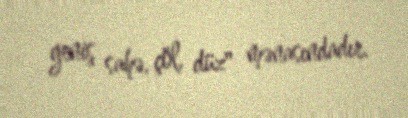
geniş sahə, çöl, düz" mənasındadır.